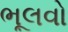
ભૂલવો